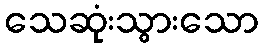
သေဆုံးသွားသော